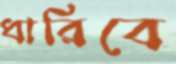
ধারিবে